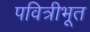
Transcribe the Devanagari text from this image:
पवित्रीभूत